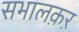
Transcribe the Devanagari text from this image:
सभालक़ऱ